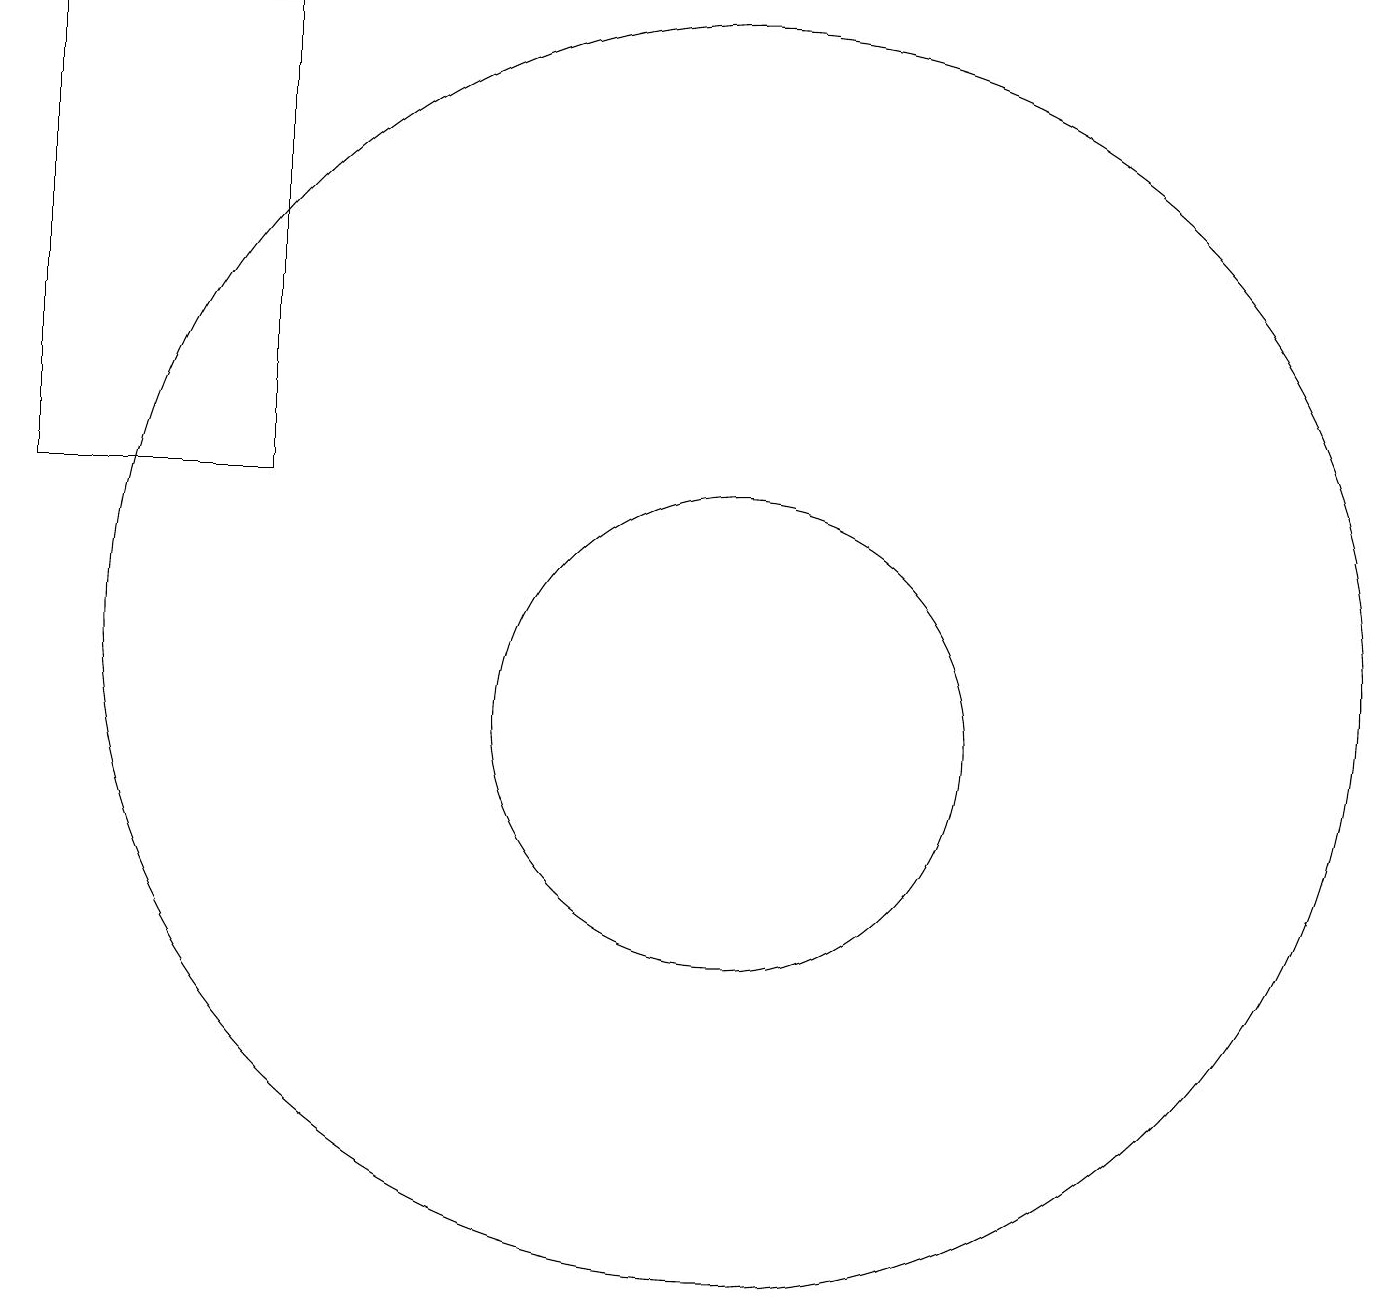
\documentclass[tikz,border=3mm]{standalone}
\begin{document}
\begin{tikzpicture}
\draw (11,10) circle (3);
\draw (5,19) rectangle (2,13);
\draw (11,11) circle (8);
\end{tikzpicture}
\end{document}